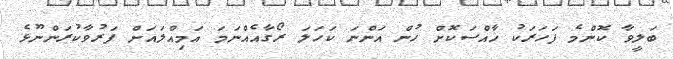
ބަލީވާ ކޮންމެ ފަހަރަކު ޚާއްސަކޮށް ހުން އަންނަ ކަހަލަ ރޯގާއެއްނަމަ އަމިއްލައަށް ފަރުވާކުރަންނޫޅެ